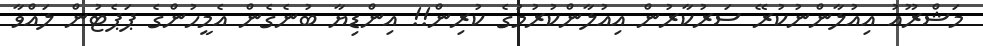
މަޝްރޫއު އިއުލާންނުކުރޭ ސަރުކާރުން އިއުލާންކުރުމުގެ ކުރިން!! އިންޑިޔާ ބުނެގެން އެމީހުންގެ ޕަޕެޓުން ލައްވާ